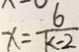
x = \frac { 6 } { k - 2 }